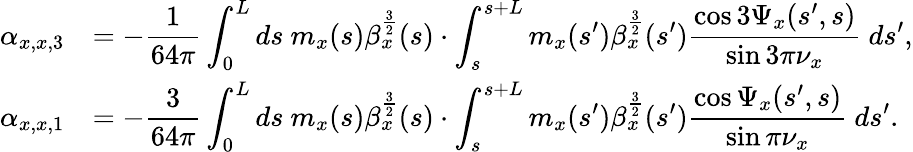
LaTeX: \begin{array}{rl}{\displaystyle\alpha_{x,x,3}}&{\displaystyle=-\frac{1}{64\pi}\int_{0}^{L}{ds\ m_{x}(s)\beta_{x}^{\frac{3}{2}}(s)\cdot\int_{s}^{s+L}m_{x}(s^{\prime})\beta_{x}^{\frac{3}{2}}(s^{\prime})\frac{\cos{3\Psi_{x}(s^{\prime},s)}}{\sin{3\pi\nu_{x}}}\ ds^{\prime}},}\\ {\displaystyle\alpha_{x,x,1}}&{\displaystyle=-\frac{3}{64\pi}\int_{0}^{L}{ds\ m_{x}(s)\beta_{x}^{\frac{3}{2}}(s)\cdot\int_{s}^{s+L}m_{x}(s^{\prime})\beta_{x}^{\frac{3}{2}}(s^{\prime})\frac{\cos{\Psi_{x}(s^{\prime},s)}}{\sin{\pi\nu_{x}}}\ ds^{\prime}}.}\end{array}